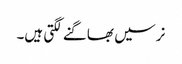
نرسیں بھاگنے لگتی ہیں۔